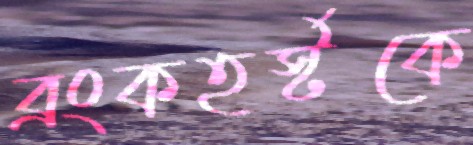
ব্রংকহর্স্টকে